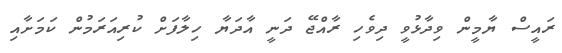
ރައީސް ޔާމީން ވިދާޅުވީ ދިވެހި ރާއްޖޭ ދަނީ އާދަޔާ ހިލާފަށް ކުރިއަރަމުން ކަމަށާއި